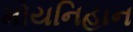
મોયનિહાન